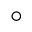
^ \circ